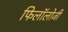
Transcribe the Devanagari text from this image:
फिलॉलोजी